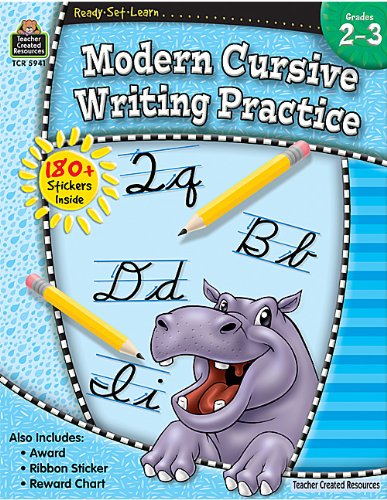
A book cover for Ready-Set-Learn: Modern Cursive Writing Practice Grd 2-3; Teacher Created Resources Staff; Reference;